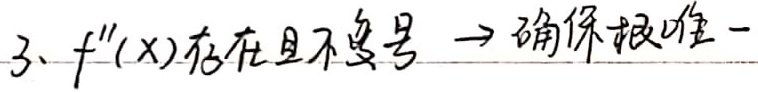
3. $f''(x)$ 存在且不变号 $\to$ 确保根唯一